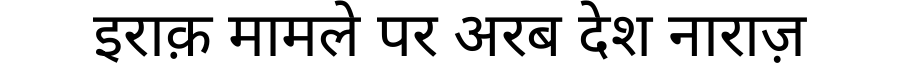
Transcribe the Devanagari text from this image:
इराक़ मामले पर अरब देश नाराज़